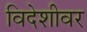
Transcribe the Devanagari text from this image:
विदेशीवर